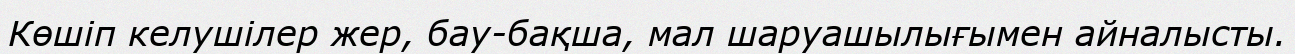
Көшіп келушілер жер, бау-бақша, мал шаруашылығымен айналысты.